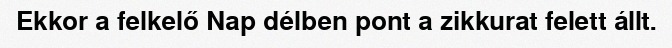
Ekkor a felkelő Nap délben pont a zikkurat felett állt.